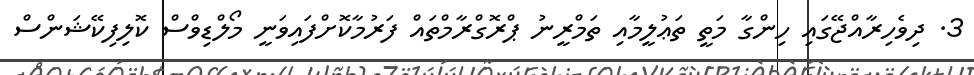
3. ދިވެހިރާއްޖޭގައި ހިންގާ މަތީ ތަޢުލީމާއި ތަމްރީނު ޕްރޮގްރާމްތައް ފަރުމާކޮށްފައިވަނީ މޯލްޑިވްސް ކޮލިފިކޭޝަންސް